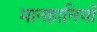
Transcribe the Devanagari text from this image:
मानहानियाँ